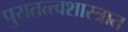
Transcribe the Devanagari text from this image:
पुरातत्त्वशास्त्रात